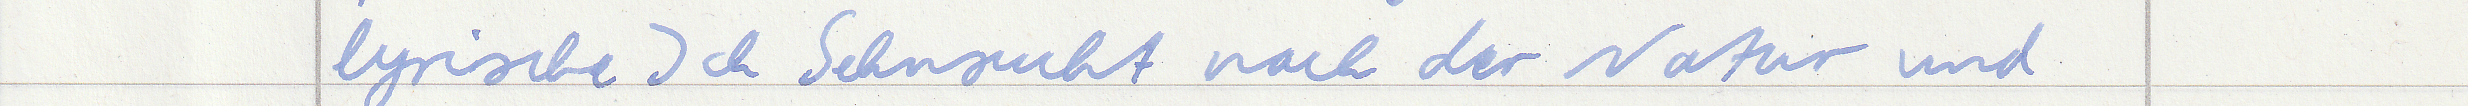
lyrische Ich Sehnsucht nach der Natur und